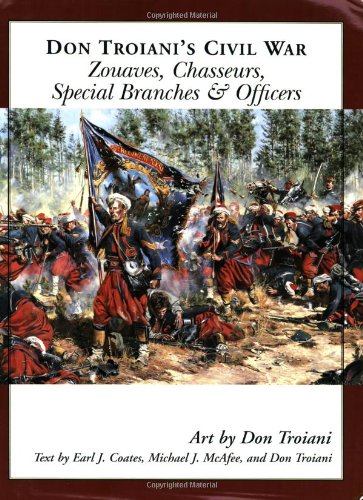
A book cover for Don Troiani's Civil War Zouaves, Chasseurs, Special Branches, & Officers (Don Troiani's Civil War Series); Earl J. Coates; History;